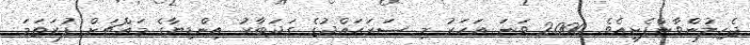
ޖެހިލުންވާންފެށިއެވެ. 2000 ވަނަ އަހަރު މި ސަރަޙައްދުގެ ގަދަބާރު އިންޑިޔާގެ މައްޗަށް ފުރަތަމަ